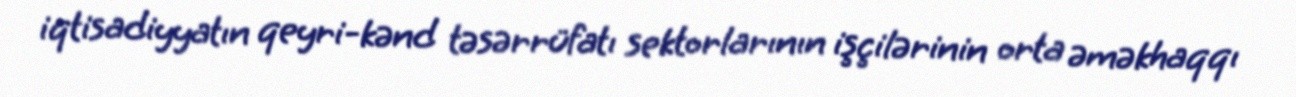
iqtisadiyyatın qeyri-kənd təsərrüfatı sektorlarının işçilərinin orta əməkhaqqı